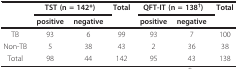
<table><thead><tr><td></td><td colspan="2"><b>TST (n = 142*)</b></td><td><b>Total</b></td><td colspan="2"><b>QFT-IT (n = 138<sup>†</sup>)</b></td><td><b>Total</b></td></tr><tr><td></td><td><b>positive</b></td><td><b>negative</b></td><td></td><td><b>positive</b></td><td><b>negative</b></td><td></td></tr></thead><tbody><tr><td>TB</td><td>93</td><td>6</td><td>99</td><td>93</td><td>7</td><td>100</td></tr><tr><td>Non-TB</td><td>5</td><td>38</td><td>43</td><td>2</td><td>36</td><td>38</td></tr><tr><td>Total</td><td>98</td><td>44</td><td>142</td><td>95</td><td>43</td><td>138</td></tr></tbody></table>